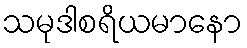
သမုဒါစရိယမာနော